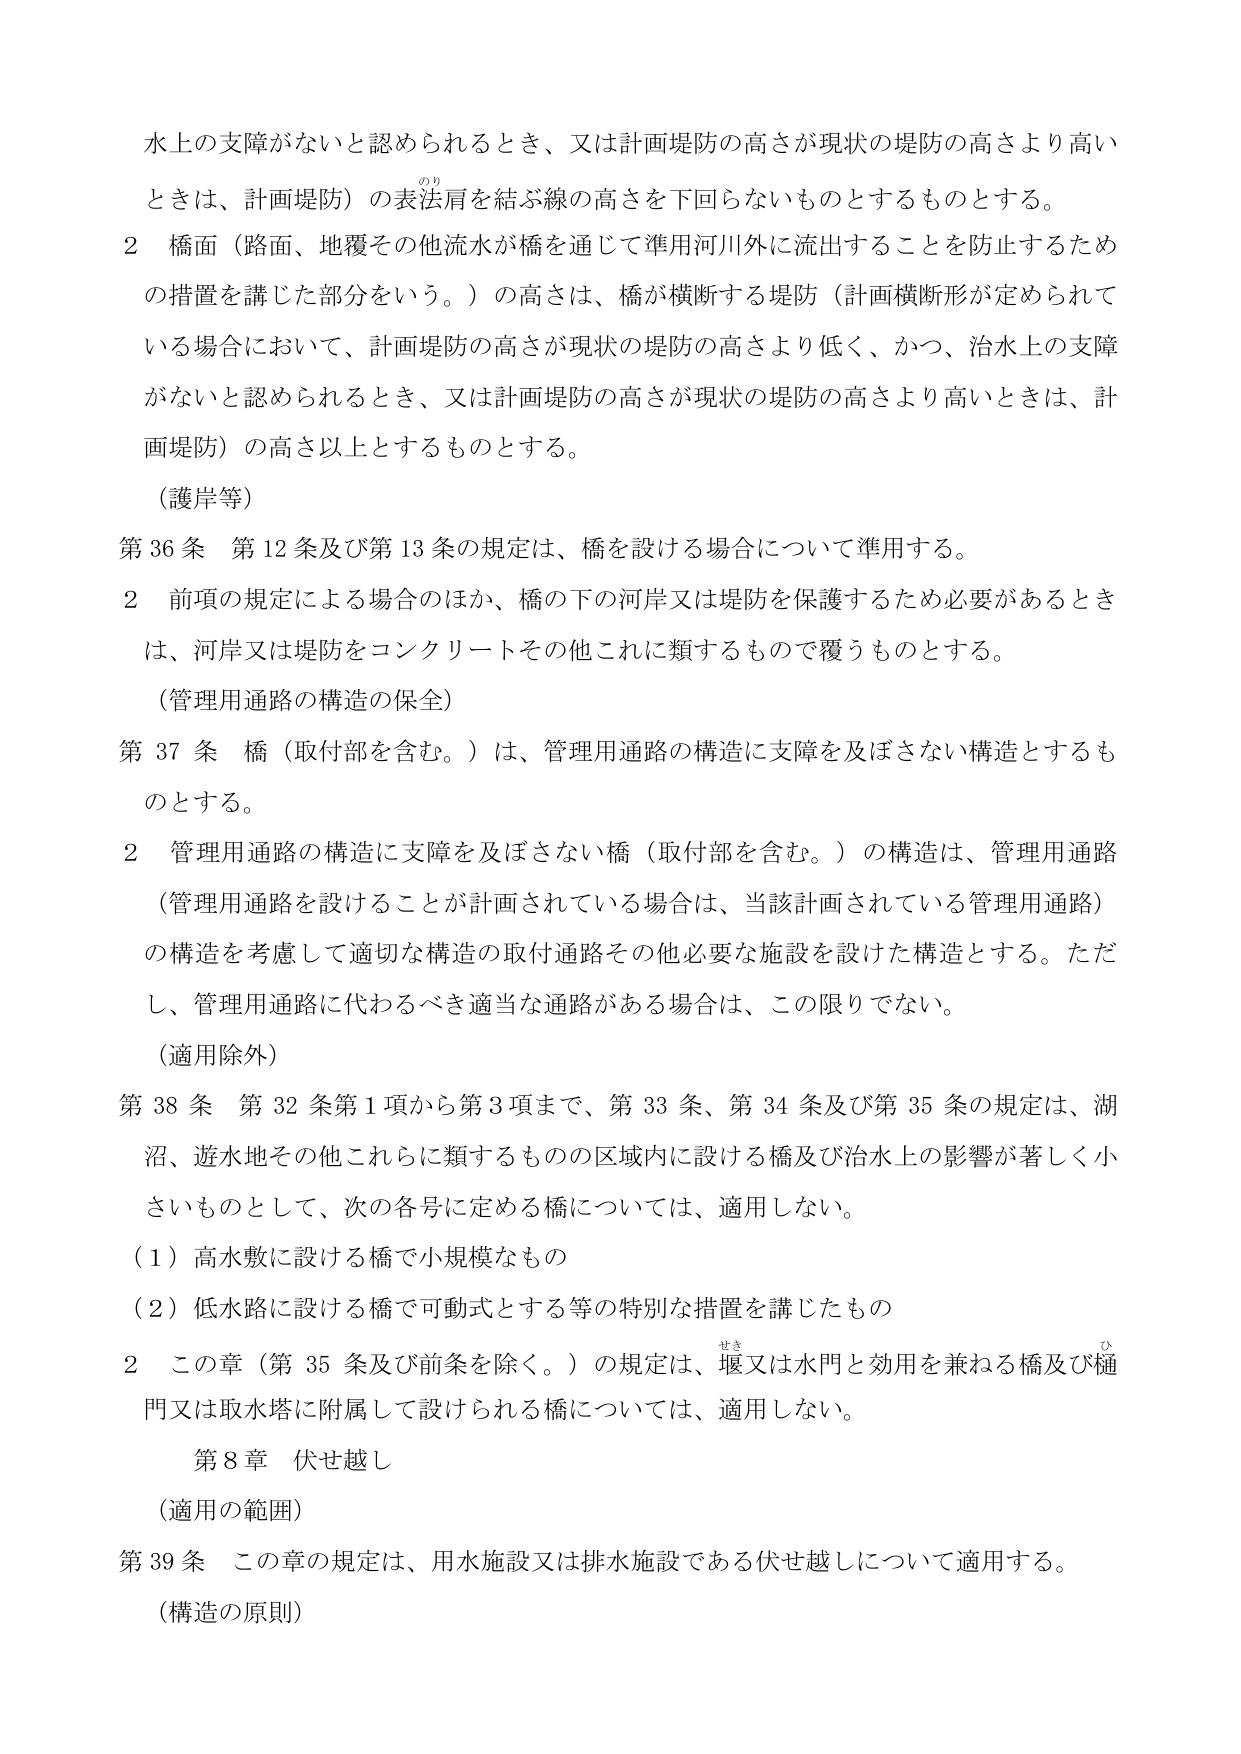
水上の支障がないと認められるとき、又は計画堤防の高さが現状の堤防の高さより高いときは、計画堤防）の表法肩を結ぶ線の高さを下回らないものとするものとする。

２ 橋面（路面、地覆その他流水が橋を通じて準用河川外に流出することを防止するための措置を講じた部分をいう。）の高さは、橋が横断する堤防（計画横断形が定められている場合において、計画堤防の高さが現状の堤防の高さより低く、かつ、治水上の支障がないと認められるとき、又は計画堤防の高さが現状の堤防の高さより高いときは、計画堤防）の高さ以上とするものとする。

（護岸等）

第36条 第12条及び第13条の規定は、橋を設ける場合について準用する。

２ 前項の規定による場合のほか、橋の下の河岸又は堤防を保護するため必要があるときは、河岸又は堤防をコンクリートその他これに類するもので覆うものとする。

（管理用通路の構造の保全）

第37条 橋（取付部を含む。）は、管理用通路の構造に支障を及ぼさない構造とするものとする。

２ 管理用通路の構造に支障を及ぼさない橋（取付部を含む。）の構造は、管理用通路（管理用通路を設けることが計画されている場合は、当該計画されている管理用通路）の構造を考慮して適切な構造の取付通路その他必要な施設を設けた構造とする。ただし、管理用通路に代わるべき適当な通路がある場合は、この限りでない。

（適用除外）

第38条 第32条第1項から第3項まで、第33条、第34条及び第35条の規定は、湖沼、遊水地その他これらに類するものの区域内に設ける橋及び治水上の影響が著しく小さいものとして、次の各号に定める橋については、適用しない。

（1）高水敷に設ける橋で小規模なもの

（2）低水路に設ける橋で可動式とする等の特別な措置を講じたもの

２ この章（第35条及び前条を除く。）の規定は、堰又は水門と効用を兼ねる橋及び樋門又は取水塔に附属して設けられる橋については、適用しない。

第8章 伏せ越し

（適用の範囲）

第39条 この章の規定は、用水施設又は排水施設である伏せ越しについて適用する。

（構造の原則）